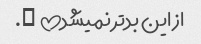
از این بدتر نمیشد!! ….